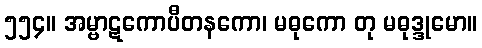
၅၅၄။ အမ္ဗာဋကောပီတနကော၊ မဓုကော တု မဓုဒ္ဒုမော။